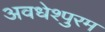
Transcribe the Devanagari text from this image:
अवधेश्पुरम